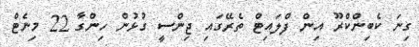
ގިނަ ކެބިންކްރޫ އިން ފްލައިޓް ތެރޭގައި ޖިންސީ ގުޅުން ހިންގާ 22 މިނެޓް